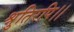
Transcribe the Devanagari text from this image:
श्रुतिरपि।।